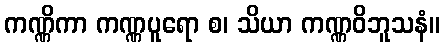
ကဏ္ဏိကာ ကဏ္ဏပူရော စ၊ သိယာ ကဏ္ဏဝိဘူသနံ။